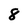
Character: 8